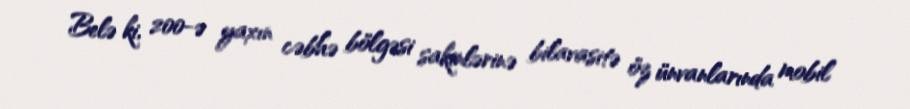
Belə ki, 200-ə yaxın cəbhə bölgəsi sakinlərinə bilavasitə öz ünvanlarında mobil